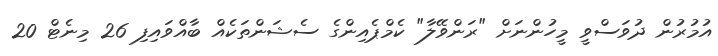
އުމުރުން ދުވަސްވީ މީހުންނަށް "ރަންވޭލާ" ކެމްޕެއިންގެ ސެޝަންތަކެއް ބާއްވައިފި 26 މިނެޓް 20